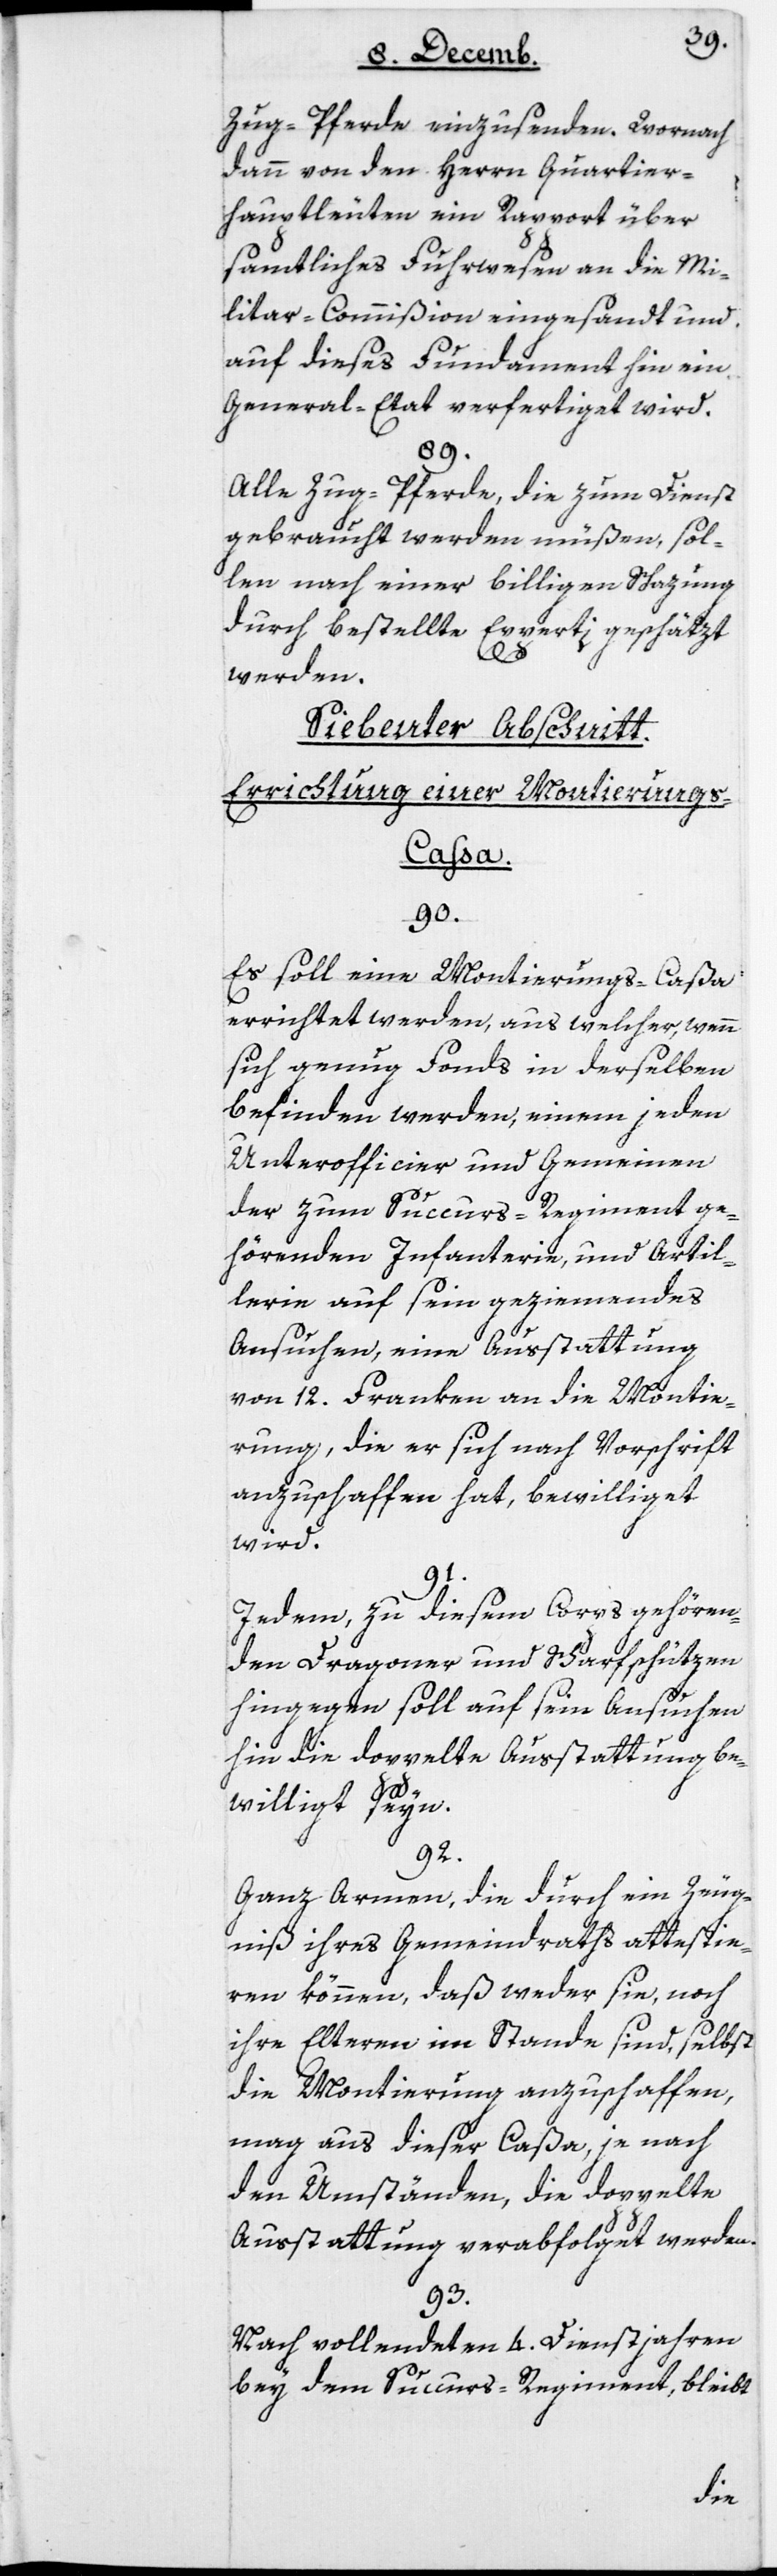
Zug-Pferde einzusenden. Wornach
dann von den Herrn Quartier¬
hauptleuten ein Rapport über
sämtliches Fuhrwesen an die Mi¬
litar-Commißion eingesandt und
auf dieses Fundament hin ein
General-Etat verfertiget wird.
89.
Alle Zug-Pferde, die zum Dienst
gebraucht werden müßen, sol¬
len nach einer billigen Schazung
durch bestellte Experti geschätzt
werden.
Siebenter Abschnitt:
Errichtung einer Montierungs-C¬
aßa.
90.
Es soll eine Montierungs-Caßa
errichtet werden, aus welcher, wenn
sich genug Fonds in derselben
befinden werden, einem jeden
Unterofficier und Gemeinen
der zum Succurs-Regiment ge¬
hörenden Infanterie und Artil¬
lerie auf sein geziemendes
Ansuchen, eine Außtattung
von 12 Franken an die Montie¬
rung, die er sich nach Vorschrift
anzuschaffen hat, bewilliget
wird.
91.
Jedem zu diesem Corps gehören¬
den Dragoner und Scharfschützen
hingegen soll auf sein Ansuchen
hin die doppelte Ausstattung be¬
williget seyn.
92.
Ganz Armen, die durch ein Zeug¬
nis ihres Gemeindraths attestie¬
ren können, daß weder sie noch
ihre Elteren im Stande sind, selbst
die Montierung anzuschaffen,
mag aus dieser Caßa, je nach
den Umständen, die doppelte
Außtattung verabfolget werden.
93.
Nach vollendeten 4 Dienstjahren
bey dem Succurs-Regiment, bleibt